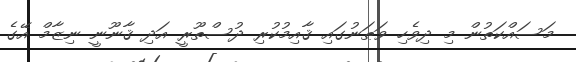
މަސައްކަތުން މި ދިވެހި ވަޠަނުގައި ޤާއިމުކުރި ދުސްތޫރީ އަދި ޤާނޫނީ ނިޒާމް އޭގެ